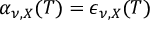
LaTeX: \alpha _ { \nu , X } ( T ) = \epsilon _ { \nu , X } ( T )